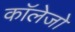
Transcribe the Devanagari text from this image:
काॅलेजो